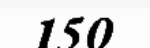
150